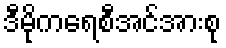
ဒီမိုကရေစီအင်အားစု